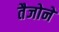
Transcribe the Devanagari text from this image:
तैजोने